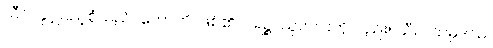
သီလနှင့်ပြည့်စုံသည်။ ဟောတိ၊ ဖြစ်၏။ ပရဉ္စ၊ သူတပါးကိုလည်း။ သီလသမ္ပဒါယ၊